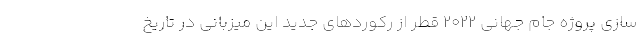
سازی پروژه جام جهانی 2022 قطر از رکوردهای جدید این میزبانی در تاریخ